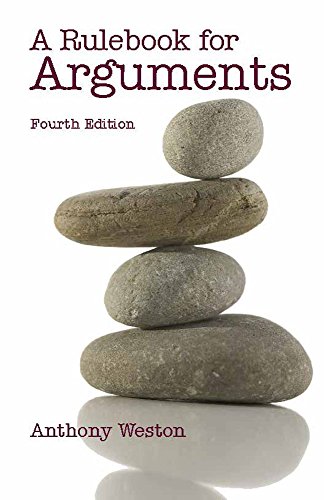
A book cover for A Rulebook for Arguments (Hackett Student Handbooks); Anthony Weston; Science & Math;